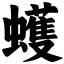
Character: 蠖